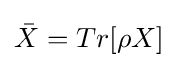
{\bar {X}}=Tr[\rho X]